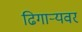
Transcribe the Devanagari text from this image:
ढिगार्‍यवर